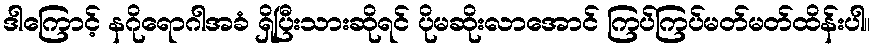
ဒါကြောင့် နဂိုရောဂါအခံ ရှိပြီးသားဆိုရင် ပိုမဆိုးလာအောင် ကြပ်ကြပ်မတ်မတ်ထိန်းပါ။